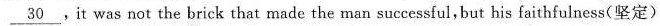
\underline{30},it was not the brick that made the man successful,but his faithfulness(坚定)